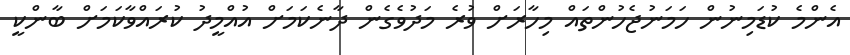
އެންމެ ކުޑަމިނުން ހަމަނުޖެހުންތައް މިހާރަށް ވުރެ މަދުވެގެން ދާނެކަމަށް އުއްމީދު ކުރައްވާކަމަށް ބާންކީ